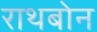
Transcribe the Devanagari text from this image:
राथबोन